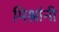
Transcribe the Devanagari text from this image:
मिश्रांनी